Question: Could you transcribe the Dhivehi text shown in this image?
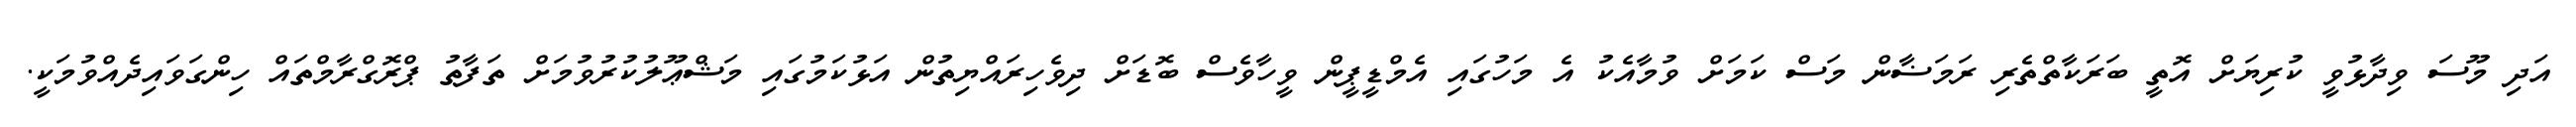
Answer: އަދި މޫސަ ވިދާޅުވީ ކުރިޔަށް އޮތީ ބަރަކާތްތެރި ރަމަޟާން މަސް ކަމަށް ވުމާއެކު އެ މަހުގައި އެމްޑީޕީން ވީހާވެސް ބޮޑަށް ދިވެހިރައްޔިތުން އަޅުކަމުގައި މަޝްޢޫލުކުރުވުމަށް ތަފާތު ޕްރޮގްރާމްތައް ހިންގަވައިދެއްވުމަކީ.